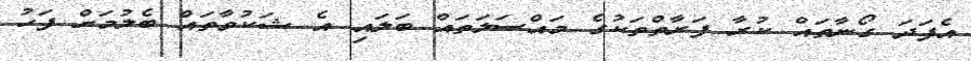
އެފަދަ ގޯނާތައް ކުރާ ފަރާތްތަކުގެ މައްސަލަތައް ބަލައި އެ ޝަކުވާތައް ބެލުމަށް ފަހު